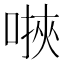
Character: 𫫄